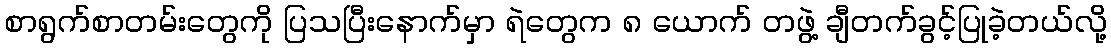
စာရွက်စာတမ်းတွေကို ပြသပြီးနောက်မှာ ရဲတွေက ၈ ယောက် တဖွဲ့ ချီတက်ခွင့်ပြုခဲ့တယ်လို့